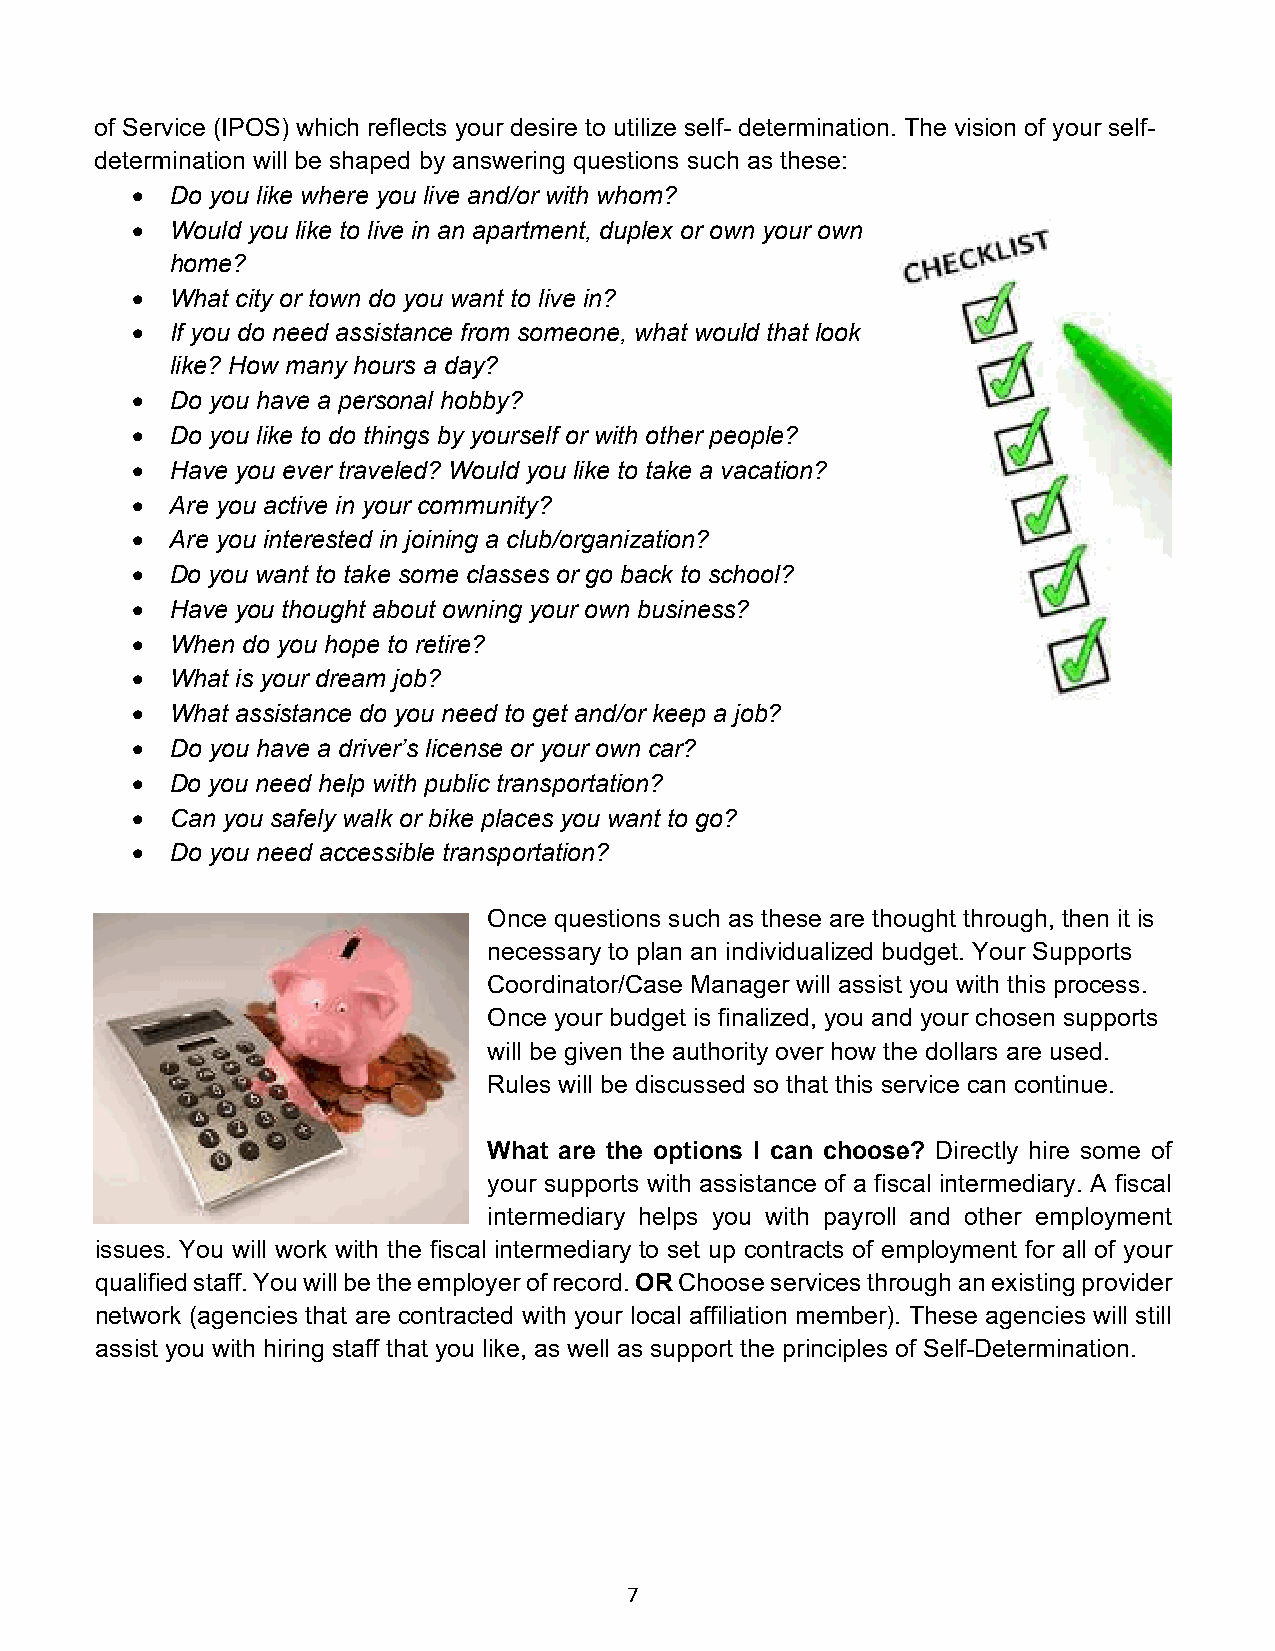
of Service (IPOS) which reflects your desire to utilize self- determination. The vision of your self-
 determination will be shaped by answering questions such as these:
  Do you like where you live and/or with whom?
  Would you like to live in an apartment, duplex or own your own
 home?
  What city or town do you want to live in?
  If you do need assistance from someone, what would that look
 like? How many hours a day?
  Do you have a personal hobby?
  Do you like to do things by yourself or with other people?
  Have you ever traveled? Would you like to take a vacation?
  Are you active in your community?
  Are you interested in joining a club/organization?
  Do you want to take some classes or go back to school?
  Have you thought about owning your own business?
  When do you hope to retire?
  What is your dream job?
  What assistance do you need to get and/or keep a job?
  Do you have a driver’s license or your own car?
  Do you need help with public transportation?
  Can you safely walk or bike places you want to go?
  Do you need accessible transportation?
 Once questions such as these are thought through, then it is
 necessary to plan an individualized budget. Your Supports
 Coordinator/Case Manager will assist you with this process.
 Once your budget is finalized, you and your chosen supports
 will be given the authority over how the dollars are used.
 Rules will be discussed so that this service can continue.
 What are the options I can choose? Directly hire some of
 your supports with assistance of a fiscal intermediary. A fiscal
 intermediary helps you with payroll and other employment
 issues. You will work with the fiscal intermediary to set up contracts of employment for all of your
 qualified staff. You will be the employer of record. OR Choose services through an existing provider
 network (agencies that are contracted with your local affiliation member). These agencies will still
 assist you with hiring staff that you like, as well as support the principles of Self-Determination.
 7